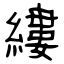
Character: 縷